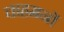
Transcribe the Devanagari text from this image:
चाहमनों